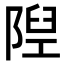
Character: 隉